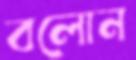
বলোন